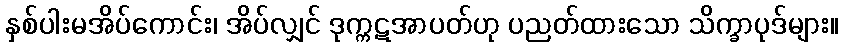
နှစ်ပါးမအိပ်ကောင်း၊ အိပ်လျှင် ဒုက္ကဋအာပတ်ဟု ပညတ်ထားသော သိက္ခာပုဒ်များ။